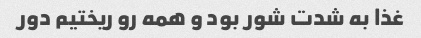
غذا به شدت شور بود و همه رو ریختیم دور